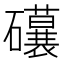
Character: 𥗨